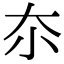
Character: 夵